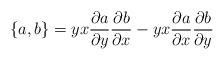
\begin{align*}\{a,b\} = yx \frac{\partial a}{\partial y} \frac{\partial b}{\partial x} - yx\frac{\partial a}{\partial x} \frac{\partial b}{\partial y}\end{align*}